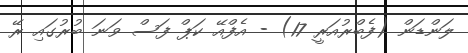
ލަންޑަން (ފެބްރުއަރީ 17) - އެފްއޭ ކަޕް ފަސް ވަނަ ބުރުގައި ރޭ